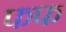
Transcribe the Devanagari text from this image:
फफ